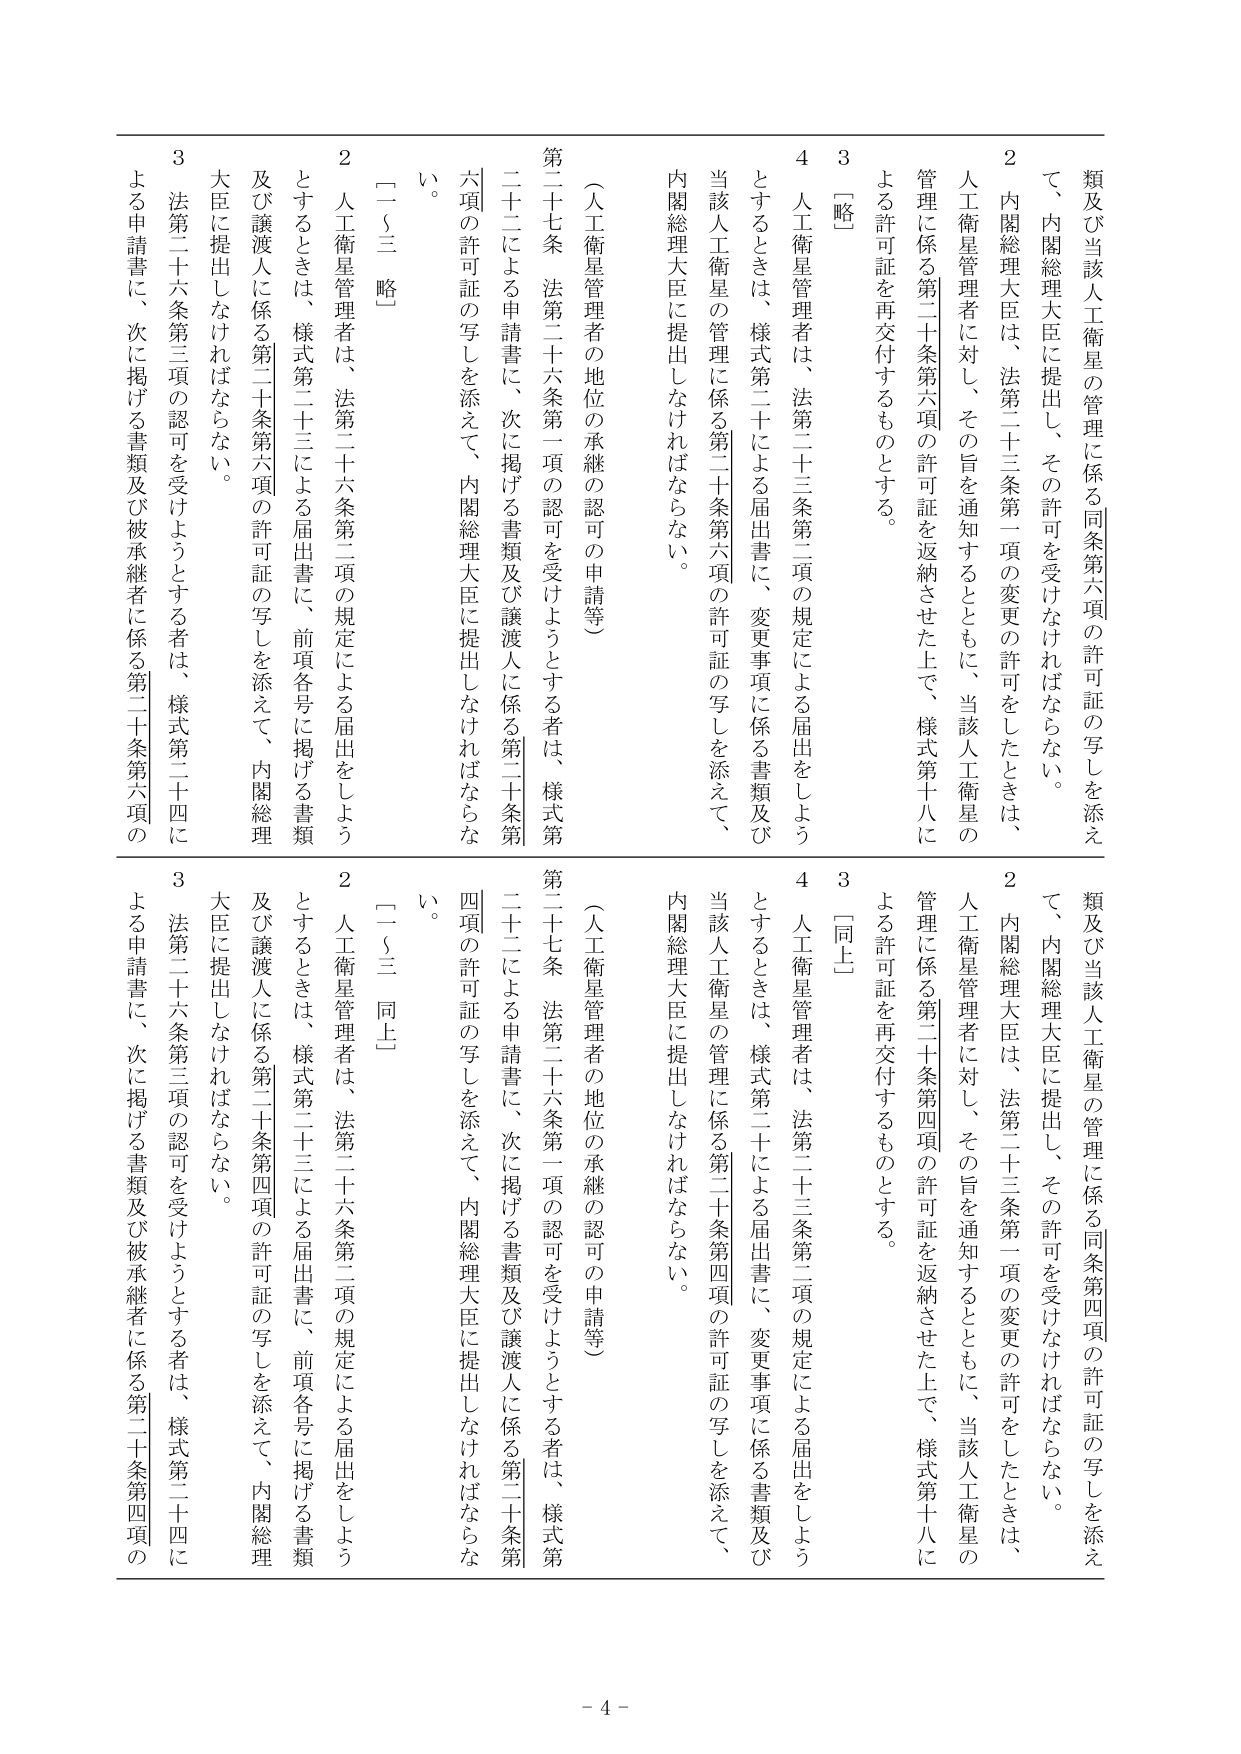
類及び当該人工衛星の管理に係る同条第六項の許可証の写しを添えて、内閣総理大臣に提出し、その許可を受けなければならない。
2 内閣総理大臣は、法第二十三条第一項の変更の許可をしたときは、人工衛星管理者に対し、その旨を通知するとともに、当該人工衛星の管理に係る第二十条第六項の許可証を返納させた上で、様式第十八による許可証を再交付するものとする。
3 「略」
4 人工衛星管理者は、法第二十三条第二項の規定による届出をしようとするときは、様式第二十による届出書に、変更事項に係る書類及び当該人工衛星の管理に係る第二十条第六項の許可証の写しを添えて、内閣総理大臣に提出しなければならない。
（人工衛星管理者の地位の承継の認可の申請等）
第二十七条 法第二十六条第一項の認可を受けようとする者は、様式第二十二による申請書に、次に掲げる書類及び譲渡人に係る第二十条第六項の許可証の写しを添えて、内閣総理大臣に提出しなければならない。
「一～三 略」
2 人工衛星管理者は、法第二十六条第二項の規定による届出をしようとするときは、様式第二十三による届出書に、前項各号に掲げる書類及び譲渡人に係る第二十条第六項の許可証の写しを添えて、内閣総理大臣に提出しなければならない。
3 法第二十六条第三項の認可を受けようとする者は、様式第二十四による申請書に、次に掲げる書類及び被承継者に係る第二十条第六項の

類及び当該人工衛星の管理に係る同条第四項の許可証の写しを添えて、内閣総理大臣に提出し、その許可を受けなければならない。
2 内閣総理大臣は、法第二十三条第一項の変更の許可をしたときは、人工衛星管理者に対し、その旨を通知するとともに、当該人工衛星の管理に係る第二十条第四項の許可証を返納させた上で、様式第十八による許可証を再交付するものとする。
3 「同上」
4 人工衛星管理者は、法第二十三条第二項の規定による届出をしようとするときは、様式第二十による届出書に、変更事項に係る書類及び当該人工衛星の管理に係る第二十条第四項の許可証の写しを添えて、内閣総理大臣に提出しなければならない。
（人工衛星管理者の地位の承継の認可の申請等）
第二十七条 法第二十六条第一項の認可を受けようとする者は、様式第二十二による申請書に、次に掲げる書類及び譲渡人に係る第二十条第四項の許可証の写しを添えて、内閣総理大臣に提出しなければならない。
「一～三 同上」
2 人工衛星管理者は、法第二十六条第二項の規定による届出をしようとするときは、様式第二十三による届出書に、前項各号に掲げる書類及び譲渡人に係る第二十条第四項の許可証の写しを添えて、内閣総理大臣に提出しなければならない。
3 法第二十六条第三項の認可を受けようとする者は、様式第二十四による申請書に、次に掲げる書類及び被承継者に係る第二十条第四項の

- 4 -